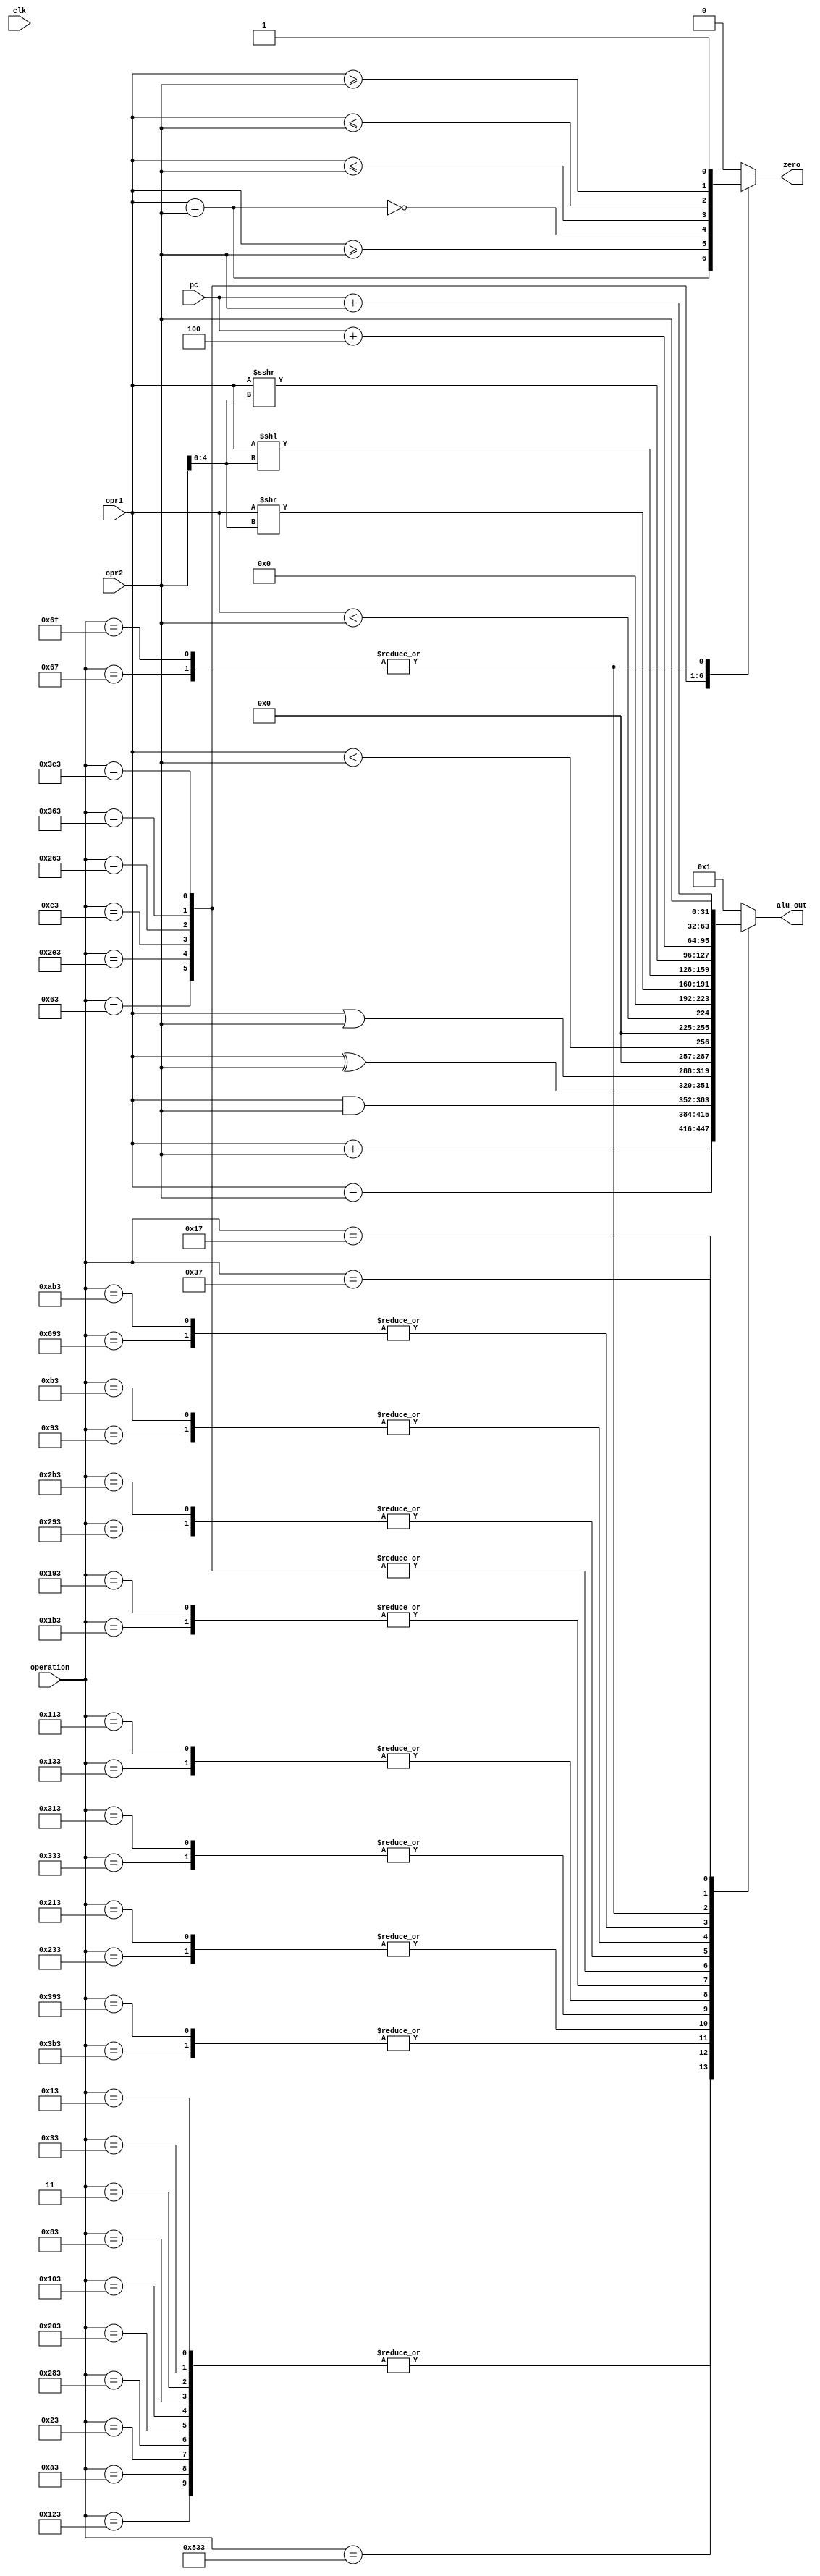
module alu(clk,operation,opr1,opr2,pc,alu_out,zero);

parameter XLEN = 32;

input clk;
input [11:0] operation; //funct concatenado com opcode
input [XLEN-1:0] opr1;
input [XLEN-1:0] opr2;
input [XLEN-1:0] pc;

output reg [XLEN-1:0] alu_out;
output reg zero;


	always @*
	 begin
		case (operation)
			12'b000000010011,12'b000000110011, 12'b000000000011,12'b000010000011,12'b000100000011,12'b001000000011,12'b001010000011,12'b000000100011,12'b000010100011,12'b000100100011: begin // addi, add, load, stores
				alu_out <= opr1 + opr2;
				zero    <= 1'b0;
			end
			12'b100000110011: begin //sub
				alu_out <= opr1 - opr2;
				zero    <= 1'b0;
			end
			12'b001110010011,12'b001110110011: begin //andi, and
				alu_out <= opr1 & opr2;
				zero    <= 1'b0;
			end
			12'b001000010011,12'b001000110011: begin //xori, xor
				alu_out <= opr1 ^ opr2;
				zero    <= 1'b0;
			end
			12'b001100010011,12'b001100110011: begin //ori, or
				alu_out <= opr1 | opr2;
				zero    <= 1'b0;
			end
			12'b000100010011,12'b000100110011: begin //slti, slt
				alu_out <= $signed(opr1) < $signed(opr2);
				zero    <= 1'b0;
			end
			12'b000110010011,12'b000110110011: begin //sltiu, stlu
				alu_out <= opr1 < opr2;
				zero    <= 1'b0;
			end
			12'b000001100011: begin //beq
				alu_out <= 'b0;
				zero    <= opr1 == opr2;
			end
			12'b001011100011: begin //bge
				alu_out <= 'b0;
				zero    <= $signed(opr1) >= $signed(opr2);
			end
			12'b000011100011: begin //bne
				alu_out <= 'b0;
				zero    <= !(opr1 == opr2);
			end
			12'b001001100011: begin //blt
				alu_out <= 'b0;
				zero    <= $signed(opr1) <= $signed(opr2);
			end
			12'b001101100011: begin //bltu
				alu_out <= 'b0;
				zero    <= opr1 <= opr2;
			end
			12'b001111100011: begin //bgeu
				alu_out <= 'b0;
				zero    <= opr1 >= opr2;
			end
			12'b001010110011,12'b001010010011: begin //srl, srli
				alu_out <= opr1 >> opr2[4:0];
				zero    <= 1'b0;
			end
			12'b000010110011,12'b000010010011: begin //sll, slli
				alu_out <= opr1 << opr2[4:0];
				zero    <= 1'b0;
			end
			12'b101010110011,12'b011010010011: begin //sra, srai
				alu_out <= opr1 >>> opr2[4:0];
				zero    <= 1'b0;
			end
			12'b000001101111,12'b000001100111: begin //jumps
				alu_out <= pc + 3'b100;
				zero    <= 1'b1;
			end
			12'b000000010111: begin //AUIPC
				alu_out <= pc + opr2;
				zero    <= 1'b0;
			end
			12'b000000110111: begin //LUI
				alu_out <= opr2;
				zero    <= 1'b0;
			end
			default: begin // Nao faz nada
				alu_out <= 'b1;
				zero    <= 1'b0;
			end
		endcase
	end

endmodule